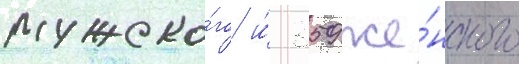
мужско́го и́ 359 же́нского